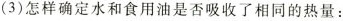
(3)怎样确定水和食用油是否吸收了相同的热量：